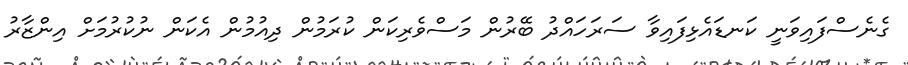
ގެނެސްފައިވަނީ ކަނޑައެޅިފައިވާ ސަރަހައްދު ބޭރުން މަސްވެރިކަން ކުރަމުން ދިއުމުން އެކަން ނުކުރުމަށް އިންޒާރު